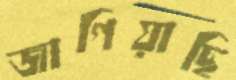
জাগিয়াছি